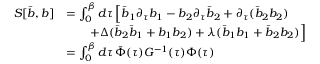
\begin{array} { r l } { S [ \bar { b } , b ] } & { = \int _ { 0 } ^ { \beta } d \tau \, \Big [ \bar { b } _ { 1 } \partial _ { \tau } b _ { 1 } - b _ { 2 } \partial _ { \tau } \bar { b } _ { 2 } + { \partial _ { \tau } ( \bar { b } _ { 2 } b _ { 2 } ) } } \\ & { \qquad + \Delta ( \bar { b } _ { 2 } \bar { b } _ { 1 } + b _ { 1 } b _ { 2 } ) + \lambda ( \bar { b } _ { 1 } b _ { 1 } + \bar { b } _ { 2 } b _ { 2 } ) \Big ] } \\ & { = \int _ { 0 } ^ { \beta } d \tau \, \bar { \Phi } ( \tau ) G ^ { - 1 } ( \tau ) \Phi ( \tau ) } \end{array}